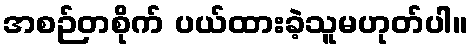
အစဉ်တစိုက် ပယ်ထားခဲ့သူမဟုတ်ပါ။